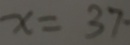
x = 3 7 .